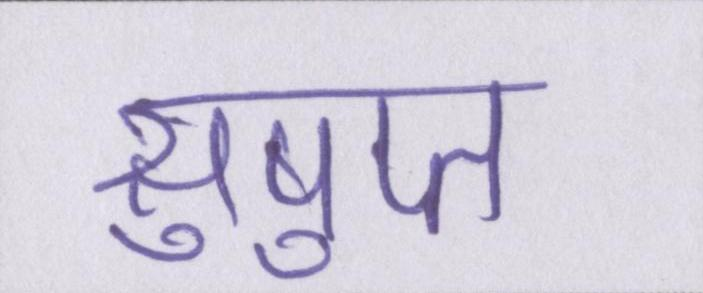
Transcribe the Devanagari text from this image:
सुषुप्त